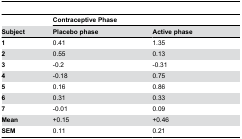
<table><thead><tr><td></td><td colspan="2"><b>Contraceptive Phase</b></td></tr><tr><td><b>Subject</b></td><td><b>Placebo phase</b></td><td><b>Active phase</b></td></tr></thead><tbody><tr><td><b>1</b></td><td>0.41</td><td>1.35</td></tr><tr><td><b>2</b></td><td>0.55</td><td>0.13</td></tr><tr><td><b>3</b></td><td>-0.2</td><td>-0.31</td></tr><tr><td><b>4</b></td><td>-0.18</td><td>0.75</td></tr><tr><td><b>5</b></td><td>0.16</td><td>0.86</td></tr><tr><td><b>6</b></td><td>0.31</td><td>0.33</td></tr><tr><td><b>7</b></td><td>-0.01</td><td>0.09</td></tr><tr><td><b>Mean</b></td><td>+0.15</td><td>+0.46</td></tr><tr><td><b>SEM</b></td><td>0.11</td><td>0.21</td></tr></tbody></table>